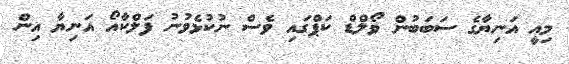
މިއީ އަނިޔާގެ ސަބަބުން ވޯލްޑް ކަޕްގައި ވެސް ނުކުޅެވުނު ފަލްކާއޯ އަނިޔާ އިން